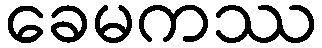
ခေမကဿ